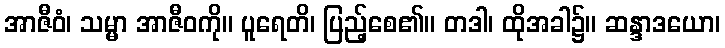
အာဇီဝံ၊ သမ္မာ အာဇီဝကို။ ပူရေတိ၊ ပြည့်စေ၏။ တဒါ၊ ထိုအခါ၌။ ဆန္ဒာဒယော၊